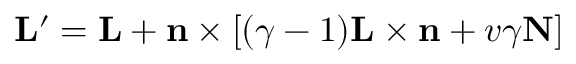
\mathbf { L } ^ { \prime } = \mathbf { L } + \mathbf { n } \times \left[ ( \gamma - 1 ) \mathbf { L } \times \mathbf { n } + v \gamma \mathbf { N } \right]